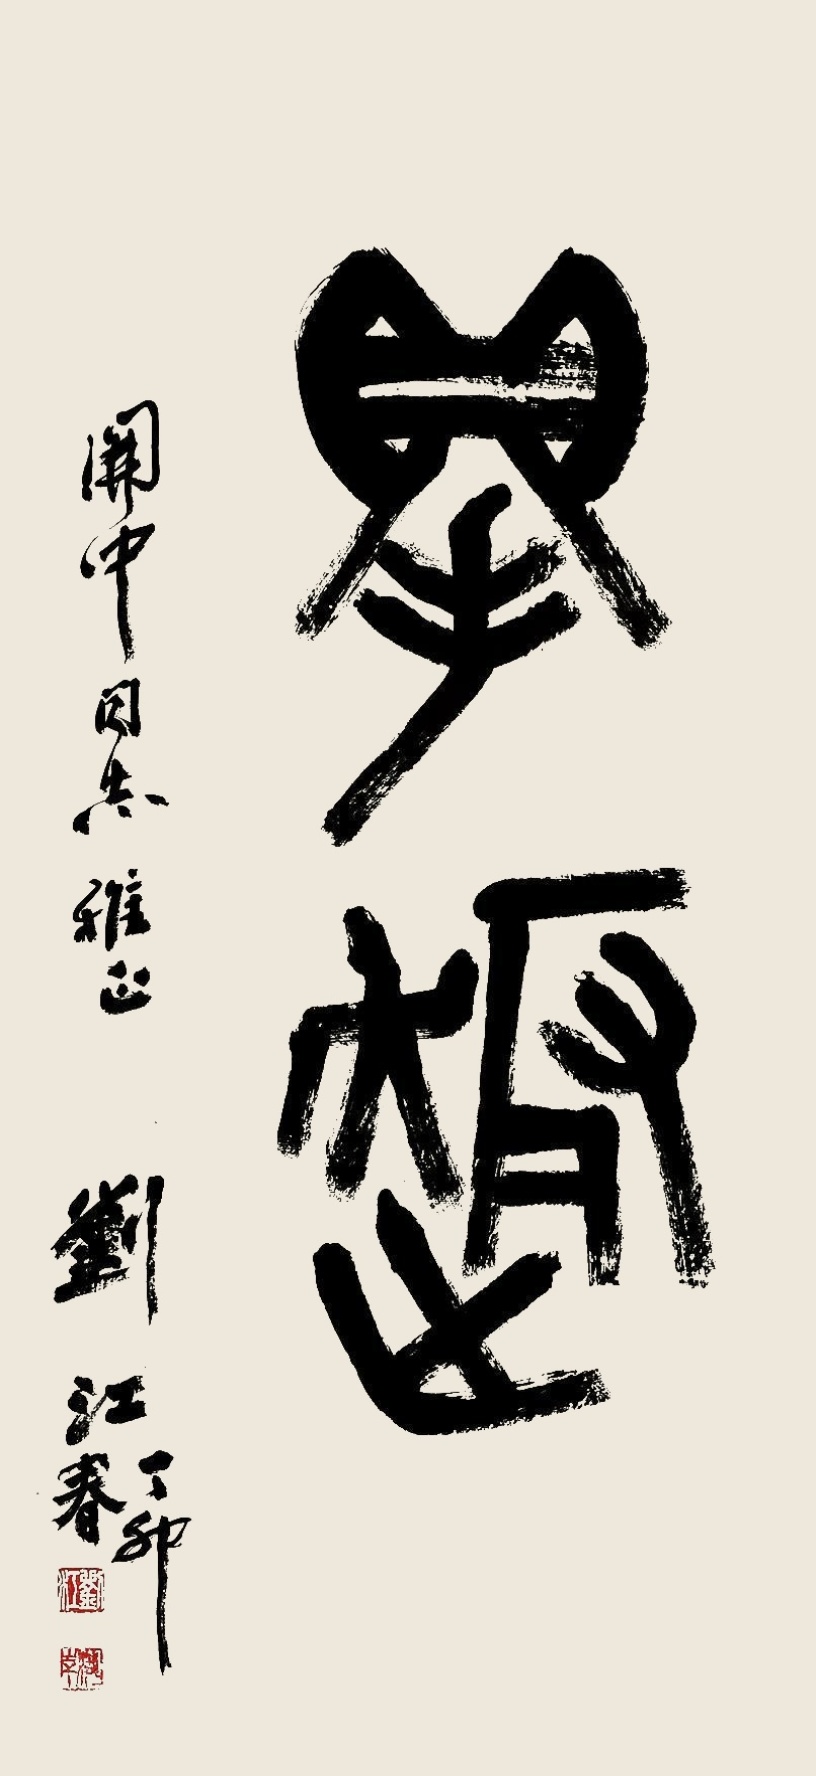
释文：得趣。开中同志雅正，刘江丁卯春。